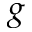
g